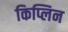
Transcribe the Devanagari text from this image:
किप्लिन